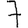
Digit: 7